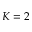
K = 2